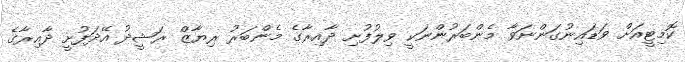
ކޮމިޓީއަށް ވަޑައިނުގަންނަވާ މެންބަރުންނަކީ ވިލުފުށި ދާއިރާގެ މެންބަރު ރިޔާޒް ރަޝީދު އޭދަފުށީ ދާއިރާގެ